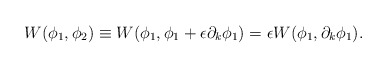
\begin{align*}W(\phi_1,\phi_2) \equiv W(\phi_1, \phi_1+\epsilon \partial_k\phi_1)= \epsilon W(\phi_1, \partial_k \phi_1).\end{align*}